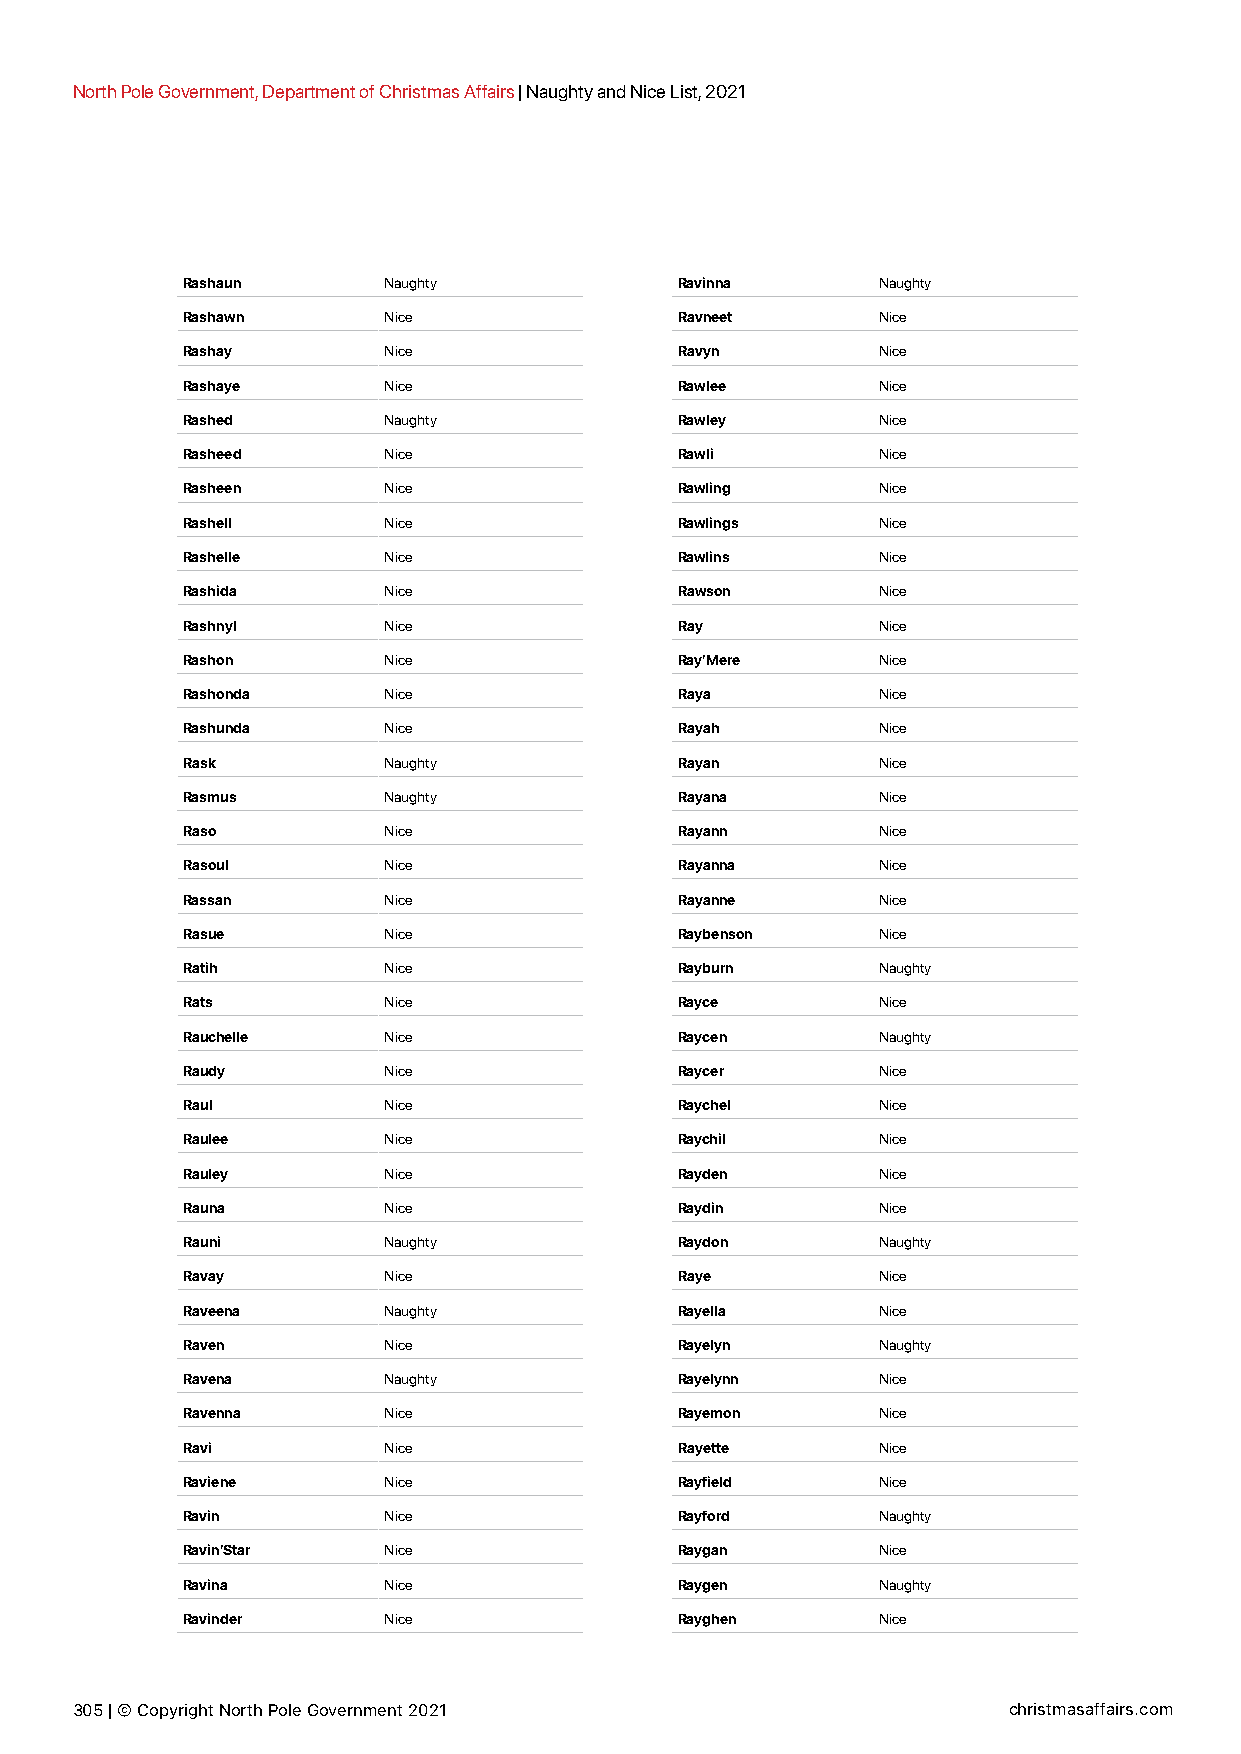
North Pole Government, Department of Christmas Affairs | Naughty and Nice List, 2021
 Rashaun      Naughty             Ravinna      Naughty
 Rashawn      Nice                Ravneet      Nice
 Rashay       Nice                Ravyn        Nice
 Rashaye      Nice                Rawlee       Nice
 Rashed       Naughty             Rawley       Nice
 Rasheed      Nice                Rawli        Nice
 Rasheen      Nice                Rawling      Nice
 Rashell      Nice                Rawlings     Nice
 Rashelle     Nice                Rawlins      Nice
 Rashida      Nice                Rawson       Nice
 Rashnyl      Nice                Ray          Nice
 Rashon       Nice                Ray’Mere     Nice
 Rashonda     Nice                Raya         Nice
 Rashunda     Nice                Rayah        Nice
 Rask         Naughty             Rayan        Nice
 Rasmus       Naughty             Rayana       Nice
 Raso         Nice                Rayann       Nice
 Rasoul       Nice                Rayanna      Nice
 Rassan       Nice                Rayanne      Nice
 Rasue        Nice                Raybenson    Nice
 Ratih        Nice                Rayburn      Naughty
 Rats         Nice                Rayce        Nice
 Rauchelle    Nice                Raycen       Naughty
 Raudy        Nice                Raycer       Nice
 Raul         Nice                Raychel      Nice
 Raulee       Nice                Raychil      Nice
 Rauley       Nice                Rayden       Nice
 Rauna        Nice                Raydin       Nice
 Rauni        Naughty             Raydon       Naughty
 Ravay        Nice                Raye         Nice
 Raveena      Naughty             Rayella      Nice
 Raven        Nice                Rayelyn      Naughty
 Ravena       Naughty             Rayelynn     Nice
 Ravenna      Nice                Rayemon      Nice
 Ravi         Nice                Rayette      Nice
 Raviene      Nice                Rayfield     Nice
 Ravin        Nice                Rayford      Naughty
 Ravin’Star   Nice                Raygan       Nice
 Ravina       Nice                Raygen       Naughty
 Ravinder     Nice                Rayghen      Nice
 305 | © Copyright North Pole Government 2021                  christmasaffairs.com